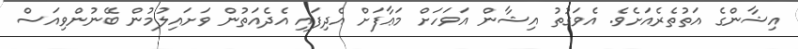
އިޝާންގެ އަތުތެރެއަށެވެ. އެވަގުތު އިޝާން އަވަހަށް މަޢާފަށް އެދިފައި އެދެއަތުން ވަށައިލުމުން ބޭނުންވިއަސް